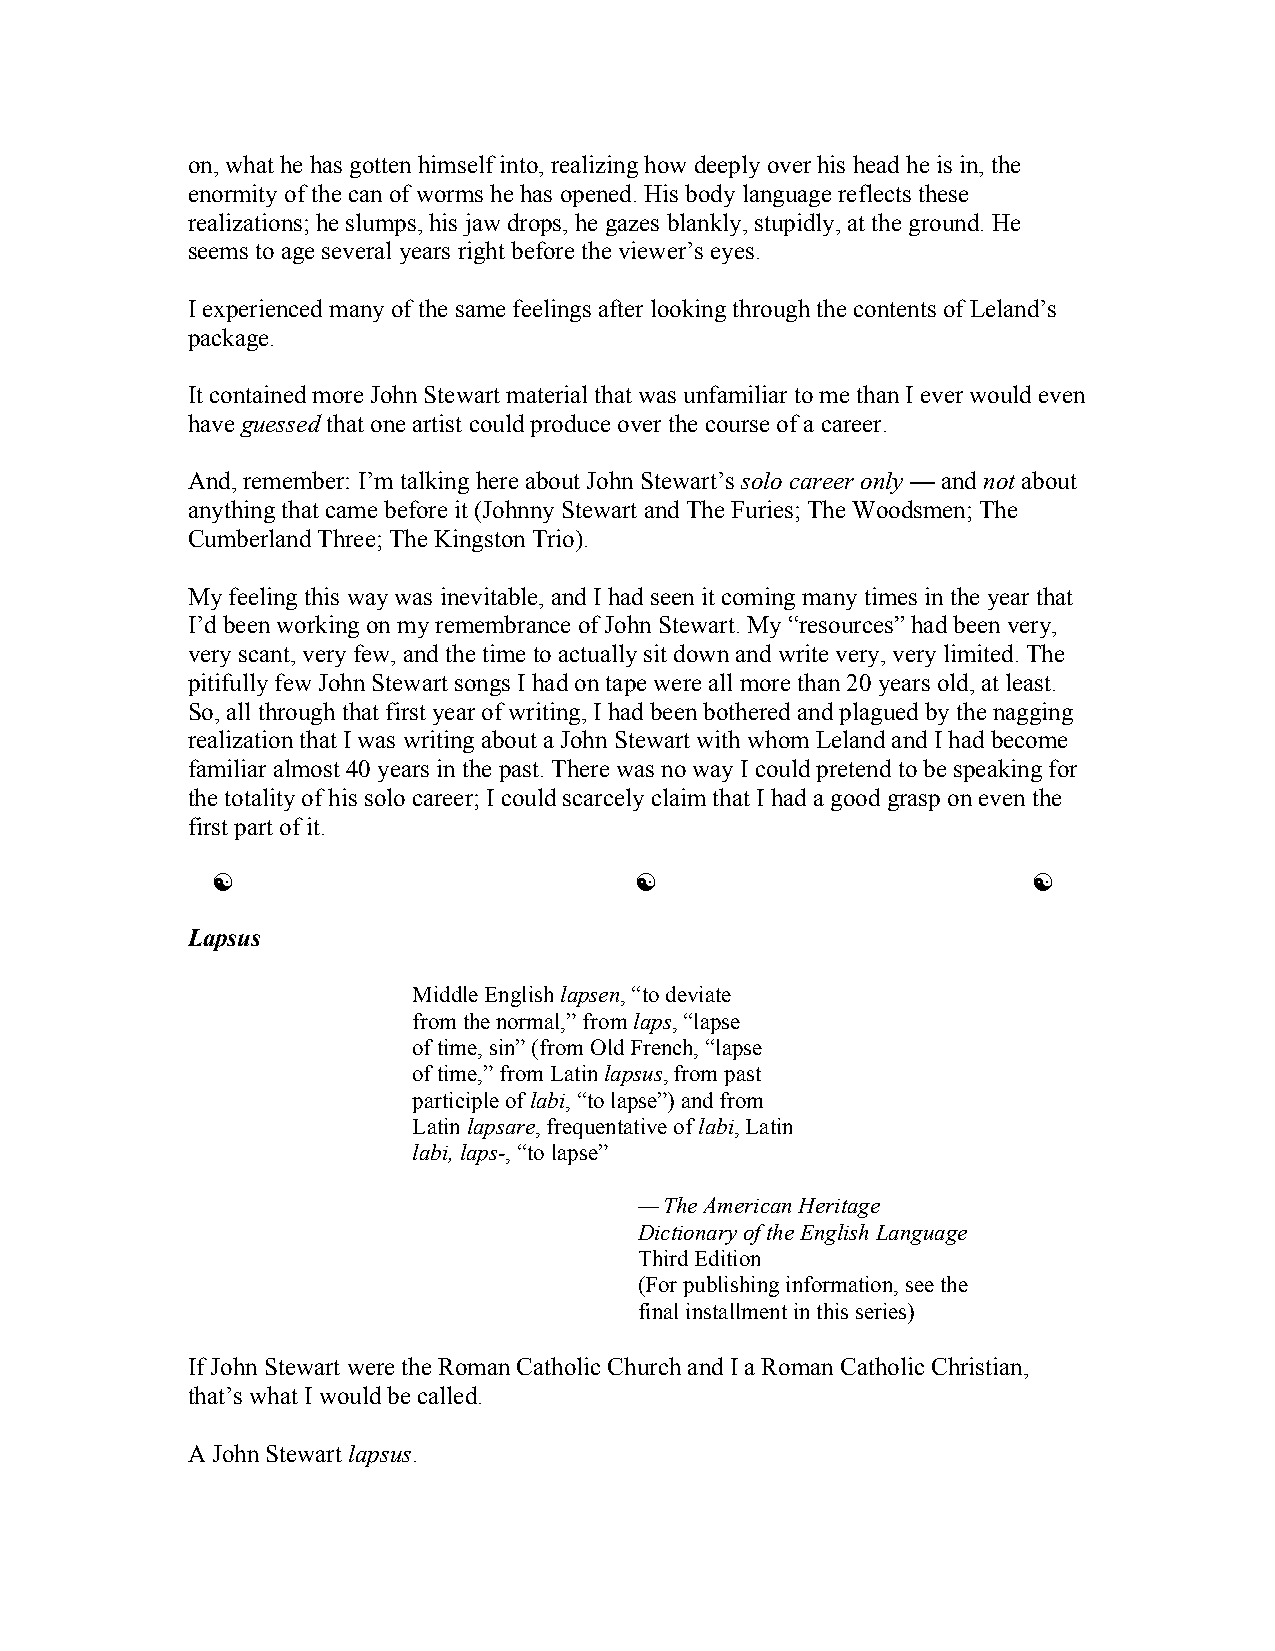
on, what he has gotten himself into, realizing how deeply over his head he is in, the
 enormity of the can of worms he has opened. His body language reflects these
 realizations; he slumps, his jaw drops, he gazes blankly, stupidly, at the ground. He
 seems to age several years right before the viewer’s eyes.
 I experienced many of the same feelings after looking through the contents of Leland’s
 package.
 It contained more John Stewart material that was unfamiliar to me than I ever would even
 have guessed that one artist could produce over the course of a career.
 And, remember: I’m talking here about John Stewart’s solo career only — and not about
 anything that came before it (Johnny Stewart and The Furies; The Woodsmen; The
 Cumberland Three; The Kingston Trio).
 My feeling this way was inevitable, and I had seen it coming many times in the year that
 I’d been working on my remembrance of John Stewart. My “resources” had been very,
 very scant, very few, and the time to actually sit down and write very, very limited. The
 pitifully few John Stewart songs I had on tape were all more than 20 years old, at least.
 So, all through that first year of writing, I had been bothered and plagued by the nagging
 realization that I was writing about a John Stewart with whom Leland and I had become
 familiar almost 40 years in the past. There was no way I could pretend to be speaking for
 the totality of his solo career; I could scarcely claim that I had a good grasp on even the
 first part of it.
                                                     
 Lapsus
 Middle English lapsen, “to deviate
 from the normal,” from laps, “lapse
 of time, sin” (from Old French, “lapse
 of time,” from Latin lapsus, from past
 participle of labi, “to lapse”) and from
 Latin lapsare, frequentative of labi, Latin
 labi, laps-, “to lapse”
 — The American Heritage
 Dictionary of the English Language
 Third Edition
 (For publishing information, see the
 final installment in this series)
 If John Stewart were the Roman Catholic Church and I a Roman Catholic Christian,
 that’s what I would be called.
 A John Stewart lapsus.